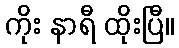
ကိုး နာရီ ထိုးပြီ။